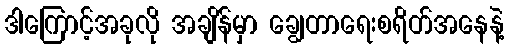
ဒါကြောင့်အခုလို အချိန်မှာ ချွေတာရေးစရိတ်အနေနဲ့